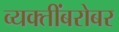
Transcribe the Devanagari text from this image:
व्यक्तींबरोबर